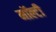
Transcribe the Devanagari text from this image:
मॉल्टी